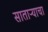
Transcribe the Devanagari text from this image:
साताऱ्याचा